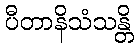
ပီတာနိသံသန္တိ